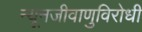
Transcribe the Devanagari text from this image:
न्यूनजीवाणुविरोधी